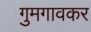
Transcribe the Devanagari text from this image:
गुमगावकर